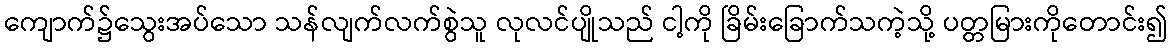
ကျောက်၌သွေးအပ်သော သန်လျက်လက်စွဲသူ လုလင်ပျိုသည် ငါ့ကို ခြိမ်းခြောက်သကဲ့သို့ ပတ္တမြားကိုတောင်း၍